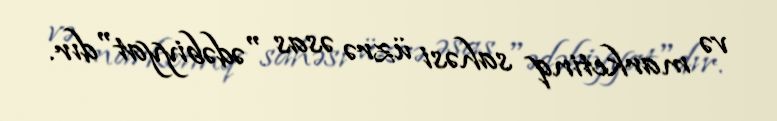
və marketinq sahəsi üzrə əsas "ədəbiyyat"dır.